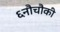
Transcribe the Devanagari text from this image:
६नौचौकी